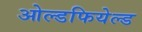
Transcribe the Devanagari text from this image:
ओल्डफियेल्ड